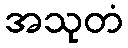
အသုတံ